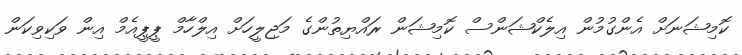
ކޮމިޝަނަށް އެންގުމުން އިލެކްޝަންސް ކޮމިޝަން ރައްޔިތުންގެ މަޖިލީހަށް އިލްހާމް ޕީޕީއެމް އިން ވަކިވިކަން